Vaccination in the Punjab 1883-1896 - 1883-1896
Year: 1883
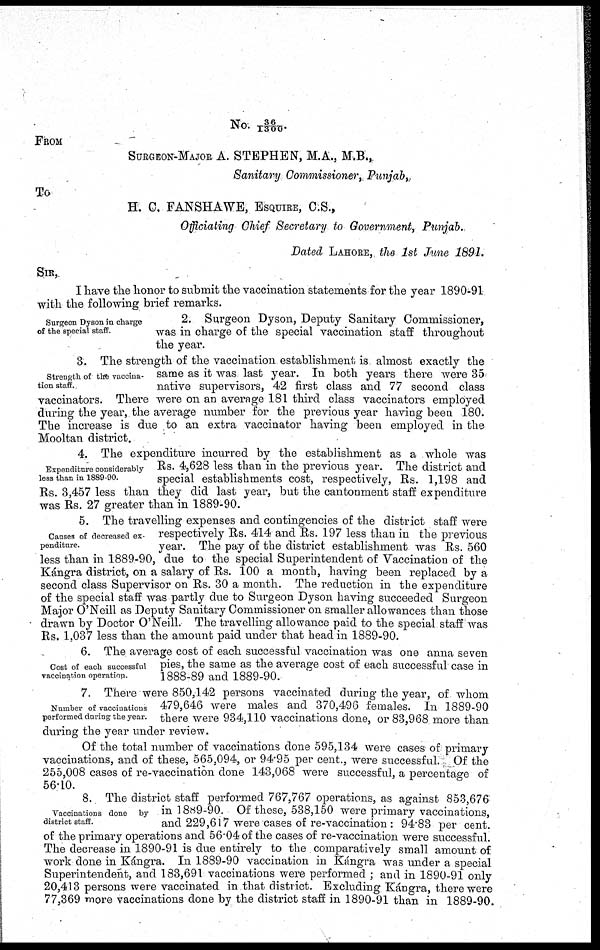
No. 36/1300
FROM
SURGEON-MAJOR A. STEPHEN, M.A., M.B.,
Sanitary Commissioner, Punjab,
To
H. C. FANSHAWE, ESQUIRE, C.S.,
Officiating Chief Secretary to Government, Punjab.
Dated LAHORE, the 1st June 1891.
SIR,
I have the honor to submit the vaccination statements for the year 1890-91
with the following brief remarks.
Surgeon Dyson in charge
of the special staff.
2. Surgeon Dyson, Deputy Sanitary Commissioner,
was in charge of the special vaccination staff throughout
the year.
Strength of the vaccina-
tion staff.
3. The strength of the vaccination establishment is almost exactly the
same as it was last year. In both years there were 35
native supervisors, 42 first class and 77 second class
vaccinators. There were on an average 181 third class vaccinators employed
during the year, the average number for the previous year having been 180.
The increase is due to an extra vaccinator having been employed in the
Mooltan district.
Expenditure considerably
less than in 1889-90.
4. The expenditure incurred by the establishment as a whole was
Rs. 4,628 less than in the previous year. The district and
special establishments cost, respectively, Rs. 1,198 and
Rs. 3,457 less than they did last year, but the cantonment staff expenditure
was Rs. 27 greater than in 1889-90.
Causes of decreased ex-
penditure.
5. The travelling expenses and contingencies of the district staff were
respectively Rs. 414 and Rs. 197 less than in the previous
year. The pay of the district establishment was Rs. 560
less than in 1889-90, due to the special Superintendent of Vaccination of the
Kángra district, on a salary of Rs. 100 a month, having been replaced by a
second class Supervisor on Rs. 30 a month. The reduction in the expenditure
of the special staff was partly due to Surgeon Dyson having succeeded Surgeon
Major O'Neill as Deputy Sanitary Commissioner on smaller allowances than those
drawn by Doctor O'Neill. The travelling allowance paid to the special staff was
Rs. 1,037 less than the amount paid under that head in 1889-90.
Cost of each successful
vaccination operation.
6. The average cost of each successful vaccination was one anna seven
pies, the same as the average cost of each successful case in
1888-89 and 1889-90.
Number of vaccinations
performed during the year.
7. There were 850,142 persons vaccinated during the year, of whom
479,646 were males and 370,496 females. In 1889-90
there were 934,110 vaccinations done, or 83,968 more than
during the year under review.
Of the total number of vaccinations done 595,134 were cases of primary
vaccinations, and of these, 565,094, or 94.95 per cent., were successful. Of the
255,008 cases of re-vaccination done 143,068 were successful, a percentage of
56.10.
Vaccinations done
by
district staff.
8. The district staff performed 767,767 operations, as against 853,676
in 1889-90. Of these, 538,150 were primary vaccinations,
and 229,617 were cases of re-vaccination : 94.83 per cent.
of the primary operations and 56.04 of the cases of re-vaccination were successful.
The decrease in 1890-91 is due entirely to the comparatively small amount of
work done in Kángra. In 1889-90 vaccination in Kángra was under a special
Superintendent, and 183,691 vaccinations were performed ; and in 1890-91 only
20,413 persons were vaccinated in that district. Excluding Kángra, there were
77,369 more vaccinations done by the district staff in 1890-91 than in 1889-90.